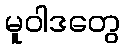
မူဝါဒတွေ